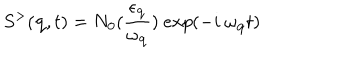
S ^ { > } ( { \bf { q } } , t ) = N _ { 0 } ( \frac { \epsilon _ { { \bf { q } } } } { \omega _ { { \bf { q } } } } ) \mathrm { ~ } e x p ( - i \mathrm { ~ } \omega _ { { \bf { q } } } t )